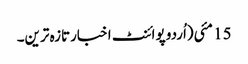
15 مئی(اُردو پوائنٹ اخبارتازہ ترین۔